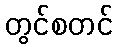
တွင်စတင်